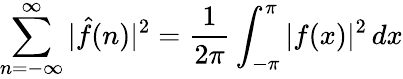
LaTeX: \sum_{n=-\infty}^{\infty}|{\hat{f}}(n)|^{2}={\frac{1}{2\pi}}\int_{-\pi}^{\pi}|f(x)|^{2}\, dx